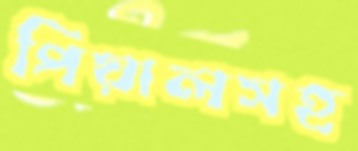
পিয়ালসহ